Document type: Dowry acquittance
Year: 1240
Scribe: Pere de Bages
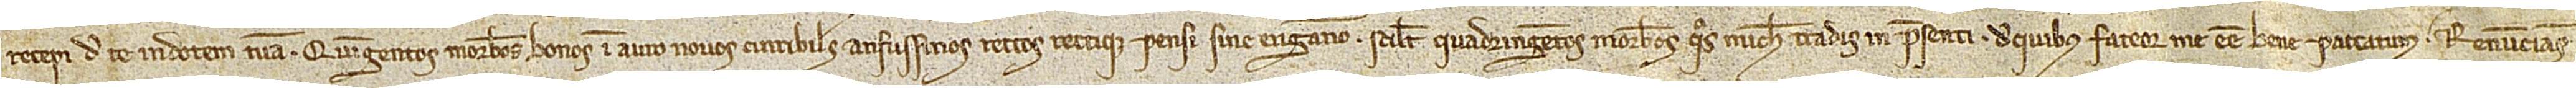
recepi de te in dotem tuam quingentos morabatinos bonos in auro novos, curribiles, anfussinos, rectos rectique pensi, sine enganno, scilicet, quadringentos morabatinos quos michi tradis in presenti, de quibus fateor me esse bene paccatus, renuncians